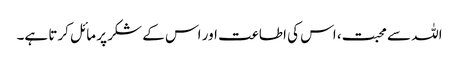
اللہ سے محبت، اس کی اطاعت اور اس کے شکر پر مائل کرتا ہے۔